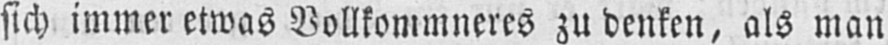
sich immer etwas Vollkommneres zu denken, als man